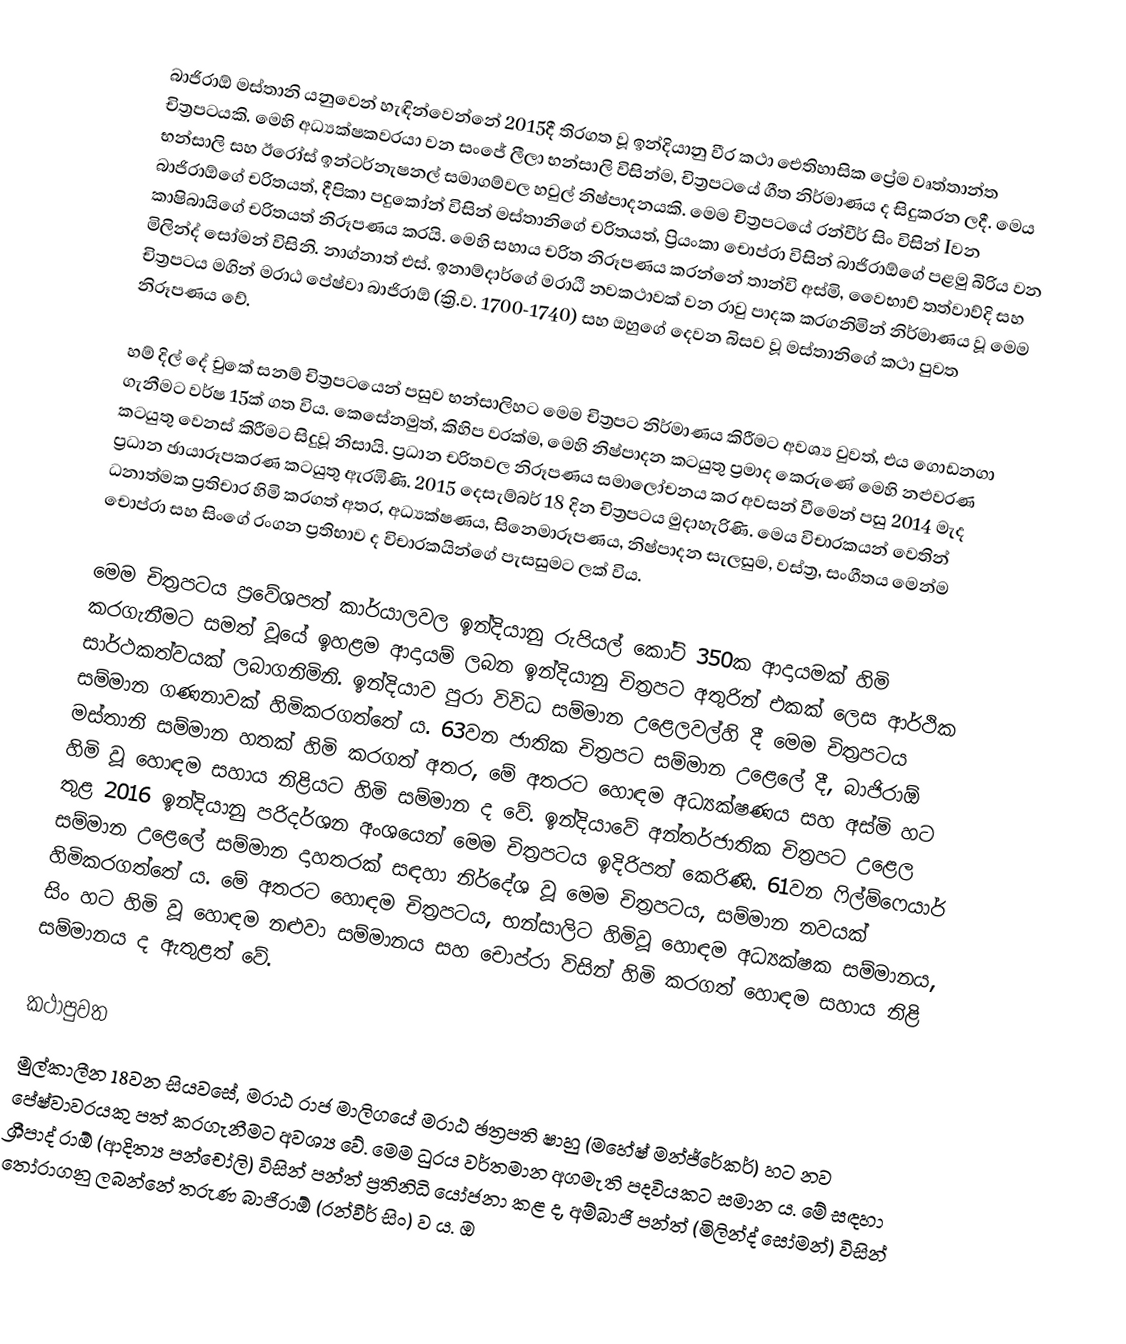
බාජිරාඕ මස්තානි යනුවෙන් හැඳින්වෙන්නේ 2015දී තිරගත වූ ඉන්දියානු වීර කථා ඓතිහාසික ප්‍රේම වෘත්තාන්ත චිත්‍රපටයකි. මෙහි අධ්‍යක්ෂකවරයා වන සංජේ ලීලා භන්සාලි විසින්ම, ‍චිත්‍රපටයේ ගීත නිර්මාණය ද සිදුකරන ලදී. මෙය භන්සාලි සහ ඊරෝස් ඉන්ටර්නැෂනල් සමාගම්වල හවුල් නිෂ්පාදනයකි. මෙම චිත්‍රපටයේ රන්වීර් සිං විසින් Iවන බාජිරාඕගේ චරිතයත්, දීපිකා පදුකෝන් විසින් මස්තානිගේ චරිතයත්, ප්‍රියංකා චොප්රා විසින් බාජිරාඕගේ පළමු බිරිය වන කාෂිබායිගේ චරිතයත් නිරූපණය කරයි. මෙහි සහාය චරිත නිරූපණය කරන්නේ තාන්වි අස්මි, වෛභාව් තත්වාව්දි සහ මිලින්ද් සෝමන් විසිනි. නාග්නාත් එස්. ඉනාම්දාර්ගේ මරාඨි නවකථාවක් වන රාවු පාදක කරගනිමින් නිර්මාණය වූ මෙම චිත්‍රපටය මගින් මරාඨ පේෂ්වා බාජිරාඕ (ක්‍රි.ව. 1700-1740) සහ ඔහුගේ දෙවන බිසව වූ මස්තානිගේ කථා පුවත නිරූපණය වේ.

හම් දිල් දේ චුකේ සනම් චිත්‍රපටයෙන් පසුව භන්සාලිහට මෙම චිත්‍රපට නිර්මාණය කිරීමට අවශ්‍ය වුවත්, එය ගොඩනගා ගැනීමට වර්ෂ 15ක් ගත විය. කෙසේනමුත්, කිහිප වරක්ම, මෙහි නිෂ්පාදන කටයුතු ප්‍රමාද කෙරුණේ මෙහි නළුවරණ කටයුතු වෙනස් කිරීමට සිදුවූ නිසායි. ප්‍රධාන චරිතවල නිරූපණය සමාලෝචනය කර අවසන් වීමෙන් පසු 2014 මැද ප්‍රධාන ඡායාරූපකරණ කටයුතු ඇරඹිණි. 2015 දෙසැම්බර් 18 දින චිත්‍රපටය මුදාහැරිණි. මෙය විචාරකයන් වෙතින් ධනාත්මක ප්‍රතිචාර හිමි කරගත් අතර, අධ්‍යක්ෂණය, සිනෙමාරූපණය, නිෂ්පාදන සැලසුම, වස්ත්‍ර, සංගීතය මෙන්ම චොප්රා සහ සිංගේ රංගන ප්‍රතිභාව ද විචාරකයින්ගේ පැසසුමට ලක් විය.

මෙම චිත්‍රපටය ප්‍රවේශපත් කාර්යාලවල ඉන්දියානු රුපියල් කෝටි 350ක ආදායමක් හිමි කරගැනීමට සමත් වූයේ ඉහළම ආදායම් ලබන ඉන්දියානු චිත්‍රපට අතුරින් එකක් ලෙස ආර්ථික සාර්ථකත්වයක් ලබාගනිමිනි. ඉන්දියාව පුරා විවිධ සම්මාන උළෙලවල්හි දී මෙම චිත්‍රපටය සම්මාන ගණනාවක් හිමිකරගත්තේ ය. 63වන ජාතික චිත්‍රපට සම්මාන උළෙලේ දී, බාජිරාඕ මස්තානි සම්මාන හතක් හිමි කරගත් අතර, මේ අතරට හොඳම අධ්‍යක්ෂණය සහ අස්මි හට හිමි වූ හොඳම සහාය නිළියට හිමි සම්මාන ද වේ. ඉන්දියාවේ අන්තර්ජාතික චිත්‍රපට උළෙල තුළ 2016 ඉන්දියානු පරිදර්ශන අංශයෙන් මෙම චිත්‍රපටය ඉදිරිපත් කෙරිණි. 61වන ෆිල්‍ම්ෆෙයාර් සම්මාන උළෙලේ සම්මාන දාහතරක් සඳහා නිර්දේශ වූ මෙම චිත්‍රපටය, සම්මාන නවයක් හිමිකරගත්තේ ය. මේ අතරට හොඳම චිත්‍රපටය, භන්සාලිට හිමිවූ හොඳම අධ්‍යක්ෂක සම්මානය, සිං හට හිමි වූ හොඳම නළුවා සම්මානය සහ චොප්රා විසින් හිමි කරගත් හොඳම සහාය නිළි සම්මානය ද ඇතුළත් වේ.

කථාපුවත
මුල්කාලීන 18වන සියවසේ, මරාඨ රාජ මාලිගයේ මරාඨ ඡත්‍රපති ෂාහු (මහේෂ් මන්ජ්රේකර්) හට නව පේෂ්වාවරයකු පත් කරගැනීමට අවශ්‍ය වේ. මෙම ධුරය වර්තමාන අගමැති පදවියකට සමාන ය. මේ සඳහා ශ්‍රීපාද් රාඕ (ආදිත්‍ය පන්චෝලි) විසින් පන්ත් ප්‍රතිනිධි යෝජනා කළ ද, අම්බාජි පන්ත් (මිලින්ද් සෝමන්) විසින් තෝරාගනු ලබන්නේ තරුණ බාජිරාඕ (රන්වීර් සිං) ව ය. ඔ